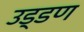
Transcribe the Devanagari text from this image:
उड्डण